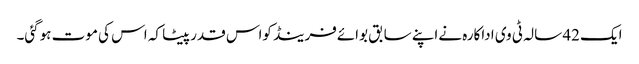
ایک 42 سالہ ٹی وی اداکارہ نےاپنے سابق بوائےفرینڈ کواس قدرپیٹا کہ اس کی موت ہوگئی۔